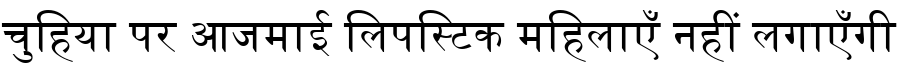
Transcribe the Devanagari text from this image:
चुहिया पर आजमाई लिपस्टिक महिलाएँ नहीं लगाएँगी